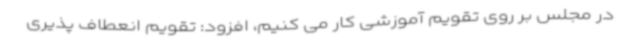
در مجلس بر روی تقویم آموزشی کار می کنیم، افزود: تقویم انعطاف پذیری